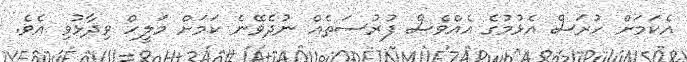
އެކަމަށް ހުރަސް އެޅުމުގެ އެއްވެސް ފުރުސަތެއް ނުދެވޭނެ ކަމަށް މަލީހް ވިދާޅުވި އެވެ.